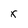
Character: x